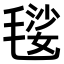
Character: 𣯢